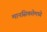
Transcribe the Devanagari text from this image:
मानसिकतेमध्ये